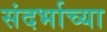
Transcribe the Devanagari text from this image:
संदर्भाच्या